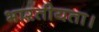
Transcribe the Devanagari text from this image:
भारतीयता।